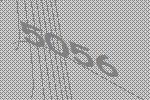
5056